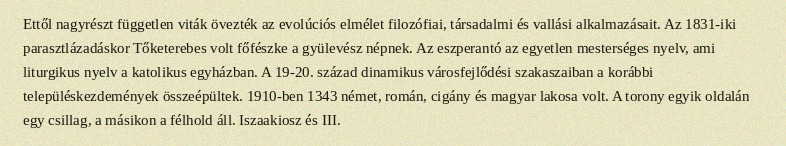
Ettől nagyrészt független viták övezték az evolúciós elmélet filozófiai, társadalmi és vallási alkalmazásait. Az 1831-iki parasztlázadáskor Tőketerebes volt főfészke a gyülevész népnek. Az eszperantó az egyetlen mesterséges nyelv, ami liturgikus nyelv a katolikus egyházban. A 19-20. század dinamikus városfejlődési szakaszaiban a korábbi településkezdemények összeépültek. 1910-ben 1343 német, román, cigány és magyar lakosa volt. A torony egyik oldalán egy csillag, a másikon a félhold áll. Iszaakiosz és III.